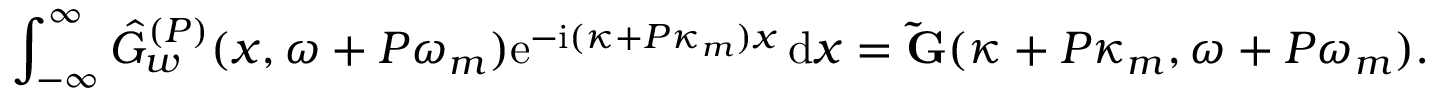
\int _ { - \infty } ^ { \infty } \hat { G } _ { w } ^ { ( P ) } ( x , \omega + P \omega _ { m } ) \mathrm { e } ^ { - \mathrm { i } ( \kappa + P \kappa _ { m } ) x } \, \mathrm { d } x = \mathbf { \tilde { G } } ( \kappa + P \kappa _ { m } , \omega + P \omega _ { m } ) .